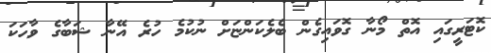
ކޮޓަރީގައި އޮތް މޯނާ ގޮވައިގެން ބެލެކަންޏަށް ނުކުމެ ހުރެ އޭނާ ޝަބާގެ ވާހަކަ